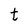
Character: t